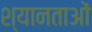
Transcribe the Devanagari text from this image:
श्यानताओं